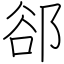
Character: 郤